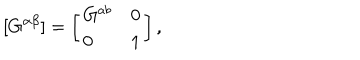
LaTeX: [ G ^ { \alpha \beta } ] = \left[ \begin{array} { l r } { { G ^ { a b } } } & { { 0 } } \\ { { 0 } } & { { 1 } } \\ \end{array} \right] ,